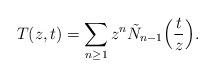
LaTeX: \begin{align*} T(z, t) = \sum_{n\geq 1} z^{n} \tilde{N}_{n-1}\Bigl(\frac tz\Bigr). \end{align*}